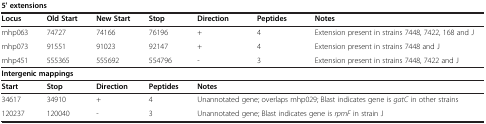
<table><thead><tr><td colspan="7"><b>5&#x27; extensions</b></td></tr></thead><tbody><tr><td><b>Locus</b></td><td><b>Old Start</b></td><td><b>New Start</b></td><td><b>Stop</b></td><td><b>Direction</b></td><td><b>Peptides</b></td><td><b>Notes</b></td></tr><tr><td>mhp063</td><td>74727</td><td>74166</td><td>76196</td><td>+</td><td>4</td><td>Extension present in strains 7448, 7422, 168 and J</td></tr><tr><td>mhp073</td><td>91551</td><td>91023</td><td>92147</td><td>+</td><td>4</td><td>Extension present in strains 7448 and J</td></tr><tr><td>mhp451</td><td>555365</td><td>555692</td><td>554796</td><td>-</td><td>3</td><td>Extension present in strains 7448, 7422 and J</td></tr><tr><td colspan="7"><b>Intergenic mappings</b></td></tr><tr><td><b>Start</b></td><td><b>Stop</b></td><td><b>Direction</b></td><td><b>Peptides</b></td><td colspan="3"><b>Notes</b></td></tr><tr><td>34617</td><td>34910</td><td>+</td><td>4</td><td colspan="3">Unannotated gene; overlaps mhp029; Blast indicates gene is <i>gatC</i> in other strains</td></tr><tr><td>120237</td><td>120040</td><td>-</td><td>3</td><td colspan="3">Unannotated gene; Blast indicates gene is <i>rpmF</i> in strain J</td></tr></tbody></table>